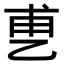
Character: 乶